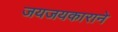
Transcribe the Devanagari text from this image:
जयजयकाराने